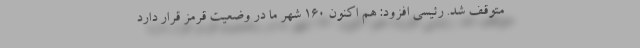
متوقف شد. رئیسی افزود: هم اکنون ۱۶۰ شهر ما در وضعیت قرمز قرار دارد